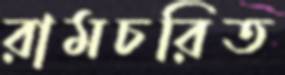
রামচরিত